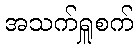
အသက်ရှူစက်